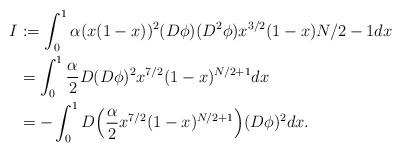
LaTeX: \begin{align*}I&:=\int_0^1\alpha(x(1-x))^2(D\phi)(D^2\phi)x^{3/2}(1-x){N/2-1}dx \\&=\int_0^1\frac{\alpha}{2}D(D\phi)^2x^{7/2}(1-x)^{N/2+1}dx \\&=-\int_0^1D\Big(\frac{\alpha}{2}x^{7/2}(1-x)^{N/2+1}\Big)(D\phi)^2dx.\end{align*}